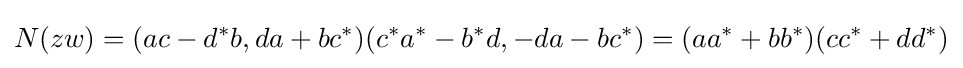
N(zw)=(ac-d^{*}b,da+bc^{*})(c^{*}a^{*}-b^{*}d,-da-bc^{*})=(aa^{*}+bb^{*})(cc^{*}+dd^{*})